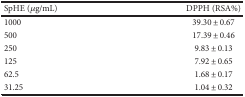
<table><thead><tr><td><b>SpHE (<i>μ</i>g/mL)</b></td><td><b>DPPH (RSA%)</b></td></tr></thead><tbody><tr><td>1000</td><td>39.30 ± 0.67</td></tr><tr><td>500</td><td>17.39 ± 0.46</td></tr><tr><td>250</td><td>9.83 ± 0.13</td></tr><tr><td>125</td><td>7.92 ± 0.65</td></tr><tr><td>62.5</td><td>1.68 ± 0.17</td></tr><tr><td>31.25</td><td>1.04 ± 0.32</td></tr></tbody></table>